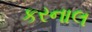
કરનાલ